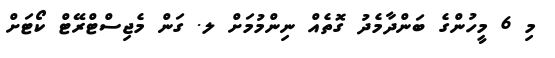
މި 6 މީހުންގެ ބަންދާމެދު ގޮތެއް ނިންމުމަށް ލ. ގަން މެޖިސްޓްރޭޓް ކޯޓަށް